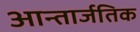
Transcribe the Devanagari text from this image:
आन्तार्जतिक